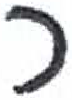
אות: כ